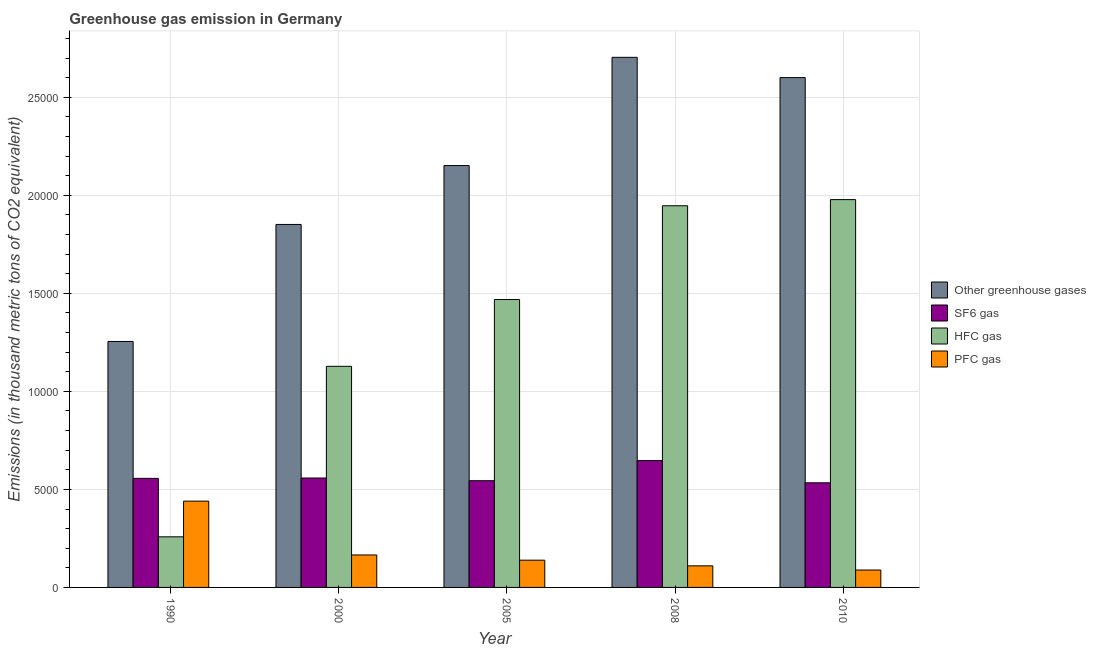
| Year | Other greenhouse gases | SF6 gas | HFC gas | PFC gas |
 | --- | --- | --- | --- | --- |
 | 1990 | 1.25e+04 | 5.56e+03 | 2.58e+03 | 4.4e+03 |
 | 2000 | 1.85e+04 | 5.58e+03 | 1.13e+04 | 1.66e+03 |
 | 2005 | 2.15e+04 | 5.44e+03 | 1.47e+04 | 1.39e+03 |
 | 2008 | 2.7e+04 | 6.47e+03 | 1.95e+04 | 1.1e+03 |
 | 2010 | 2.6e+04 | 5.34e+03 | 1.98e+04 | 888 |